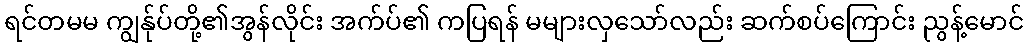
ရင်တမမ ကျွန်ုပ်တို့၏အွန်လိုင်း အက်ပ်၏ ကပြရန် မများလှသော်လည်း ဆက်စပ်ကြောင်း ညွန့်မောင်